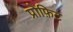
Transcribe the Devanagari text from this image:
प्रोफ़िट